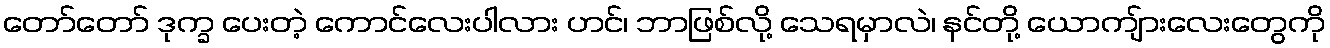
တော်တော် ဒုက္ခ ပေးတဲ့ ကောင်လေးပါလား ဟင်၊ ဘာဖြစ်လို့ သေရမှာလဲ၊ နင်တို့ ယောကျ်ားလေးတွေကို